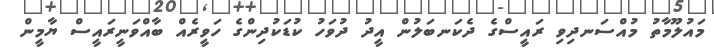
މައުލޫމާތު މުއްސަނދިވި ރައީސްގެ ދެކަނބަލުން އީދު ދުވަހު ކުޑަކުދިންގެ ހަވީރެއް ބާއްވަނީރައީސް ޔާމީން